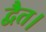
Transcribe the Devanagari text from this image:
द्वैत।